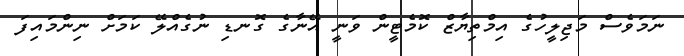
ނަމަވެސް މަޖިލީހުގެ އިމްތިޔާޒް ކޮމެޓީން ވަނީ އޭނާގެ ގޮނޑި ނުގެއްލޭ ކަމަށް ނިންމައިފަ